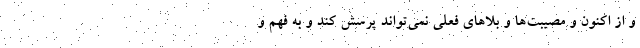
و از اکنون و مصیبت‌ها و بلاهای فعلی نمی‌تواند پرسش کند و به فهم و